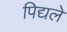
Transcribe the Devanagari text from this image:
पिद्यले